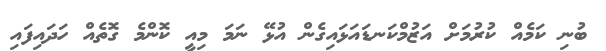
ބުނި ކަމެއް ކުރުމަށް އަޒުމްކަނޑައަޅައިގެން އުޅޭ ނަމަ މިއީ ކޮންމެ ގޮތެއް ހަދައިފައި